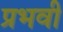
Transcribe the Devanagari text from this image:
प्रभवी